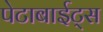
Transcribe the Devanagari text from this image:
पेटाबाईट्स